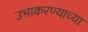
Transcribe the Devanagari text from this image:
उभाकरण्याच्या